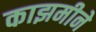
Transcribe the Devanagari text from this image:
काझमीने